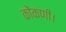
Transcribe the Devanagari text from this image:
कोंकणी।